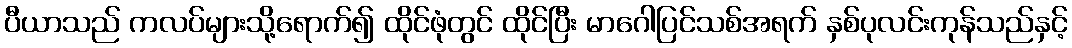
ပီယာသည် ကလပ်များသို့ရောက်၍ ထိုင်ဖုံတွင် ထိုင်ပြီး မာဂေါပြင်သစ်အရက် နှစ်ပုလင်းကုန်သည်နှင့်